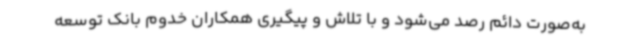
به‌صورت دائم رصد می‌شود و با تلاش و پیگیری همکاران خدوم بانک توسعه